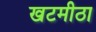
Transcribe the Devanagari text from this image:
खटमीठा